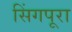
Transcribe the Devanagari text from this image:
सिंगपूरा